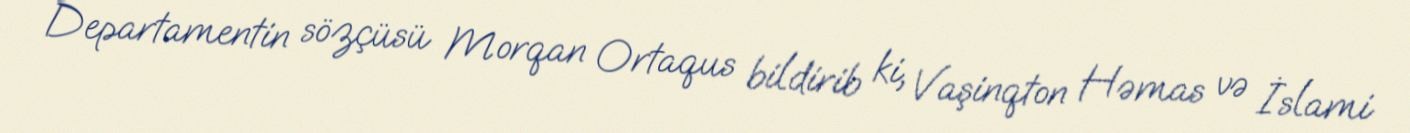
Departamentin sözçüsü Morqan Ortaqus bildirib ki, Vaşinqton Həmas və İslami